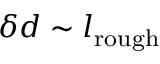
\delta d \sim l _ { \mathrm { r o u g h } }